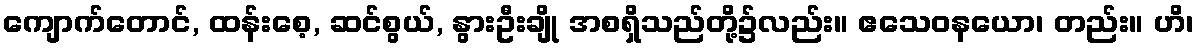
ကျောက်တောင်, ထန်းစေ့, ဆင်စွယ်, နွားဦးချို အစရှိသည်တို့၌လည်း။ ဧသေဝနယော၊ တည်း။ ဟိ၊